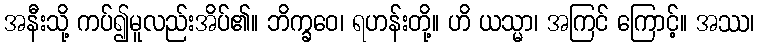
အနီးသို့ ကပ်၍မူလည်းအိပ်၏။ ဘိက္ခဝေ၊ ရဟန်းတို့။ ဟိ ယသ္မာ၊ အကြင် ကြောင့်။ အဿ၊